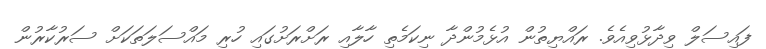
ފައިސަލް ވިދާޅުވިއެވެ. ރައްޔިތުން އުޅެމުންދާ ނިކަމެތި ހާލާއި ރަށްރަށުގައި ހުރި މައްސަލަތަކަށް ސަރުކާރުން